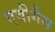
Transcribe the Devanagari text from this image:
एवीगैस